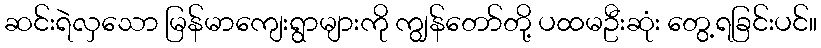
ဆင်းရဲလှသော မြန်မာကျေးရွာများကို ကျွန်တော်တို့ ပထမဦးဆုံး တွေ့ရခြင်းပင်။